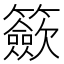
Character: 籨